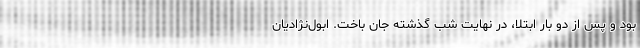
بود و پس از دو بار ابتلا، در نهایت شب گذشته جان باخت. ابول‌نژادیان